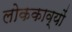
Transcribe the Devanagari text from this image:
लोककाव्यों